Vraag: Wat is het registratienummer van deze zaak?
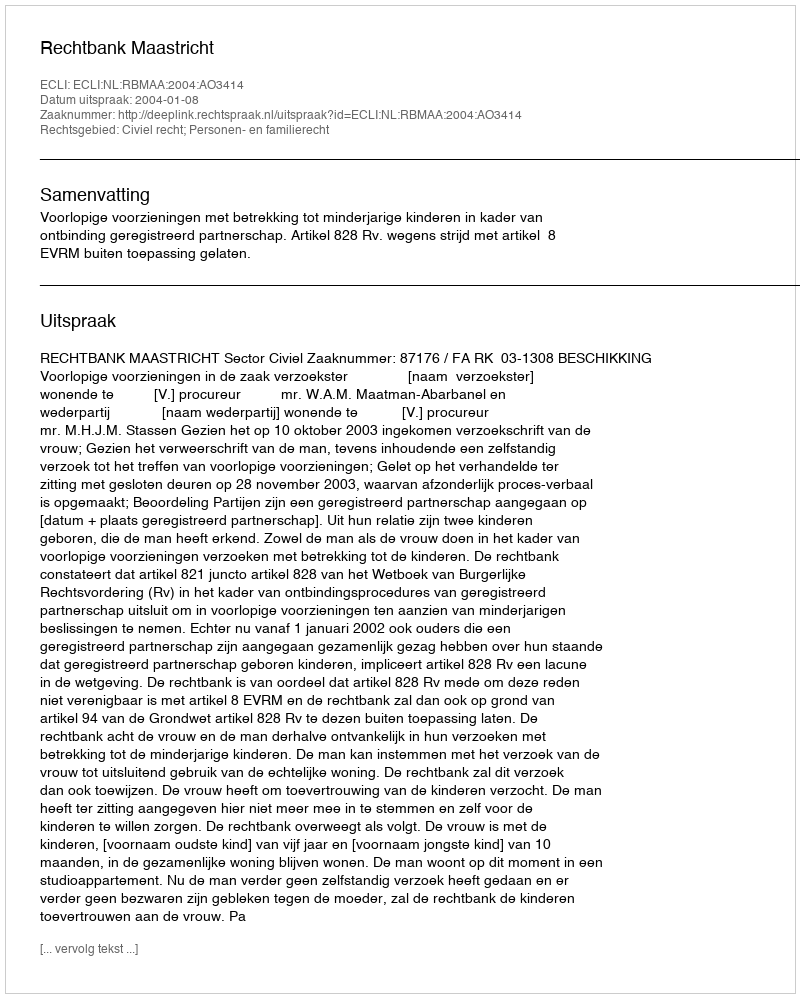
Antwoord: http://deeplink.rechtspraak.nl/uitspraak?id=ECLI:NL:RBMAA:2004:AO3414